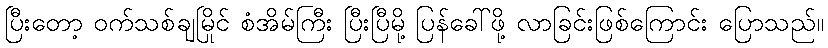
ပြီးတော့ ဝက်သစ်ချမြိုင် စံအိမ်ကြီး ပြီးပြီမို့ ပြန်ခေါ်ဖို့ လာခြင်းဖြစ်ကြောင်း ပြောသည်။